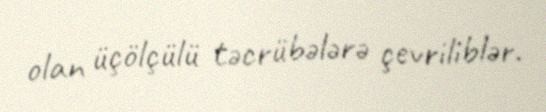
olan üçölçülü təcrübələrə çevriliblər.